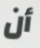
أن